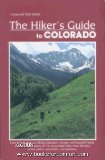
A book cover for Hiker's Guide to Colorado; Peter Boddie; Travel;